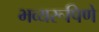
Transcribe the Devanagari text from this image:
भव्यरूपिणे